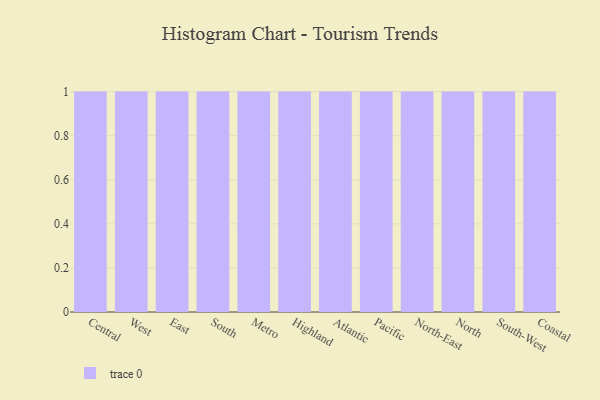
{"axis": {"x": "Region", "y": "Churn Rate (%)"}, "legend": [""], "data": [{"x": "Central", "y": 100, "type": ""}, {"x": "West", "y": 44, "type": ""}, {"x": "East", "y": 72, "type": ""}, {"x": "South", "y": 22, "type": ""}, {"x": "Metro", "y": 8, "type": ""}, {"x": "Highland", "y": 50, "type": ""}, {"x": "Atlantic", "y": 35, "type": ""}, {"x": "Pacific", "y": 31, "type": ""}, {"x": "North-East", "y": 69, "type": ""}, {"x": "North", "y": 3, "type": ""}, {"x": "South-West", "y": 20, "type": ""}, {"x": "Coastal", "y": 38, "type": ""}]}